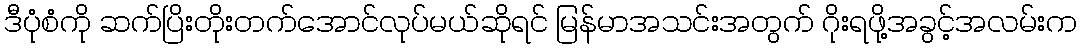
ဒီပုံစံကို ဆက်ပြိးတိုးတက်အောင်လုပ်မယ်ဆိုရင် မြန်မာအသင်းအတွက် ဂိုးရဖို့အခွင့်အလမ်းက